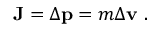
\mathbf { J } = \Delta \mathbf { p } = m \Delta \mathbf { v } ~ .